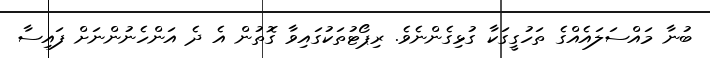
ބުނާ މައްސަލައެއްގެ ތަހުގީގަކާ ގުޅިގެންނެވެ. ރިޕޯޓުތަކުގައިވާ ގޮތުން އެ ދެ އަންހެނުންނަށް ފައިސާ